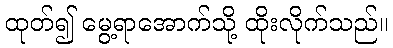
ထုတ်၍ မွေ့ရာအောက်သို့ ထိုးလိုက်သည်။